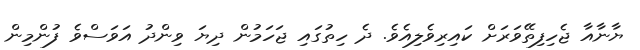
ޔާނާއާ ޖެހިފިތޭވަރަށް ކައިރިވެލިއެވެ. ދެ ހިތުގައި ޖަހަމުން ދިޔަ ވިންދު އަވަސްވެ ފުންމިން